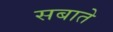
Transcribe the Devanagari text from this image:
सबाते